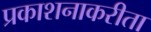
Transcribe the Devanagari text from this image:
प्रकाशनाकरीता